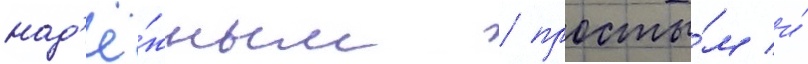
над'ё́жным / просты́м и́